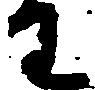
わ